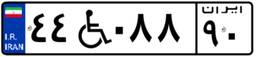
۲۱W۱۲۷۴۷